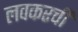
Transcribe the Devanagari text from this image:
लवकरची